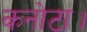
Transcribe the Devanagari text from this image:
कनोटा।